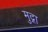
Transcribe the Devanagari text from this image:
मुद्गा